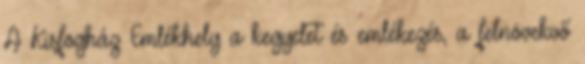
A Kisfogház Emlékhely a kegyelet és emlékezés, a felnövekvő